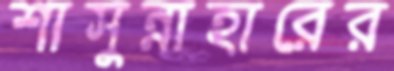
শাসুন্নাহারের